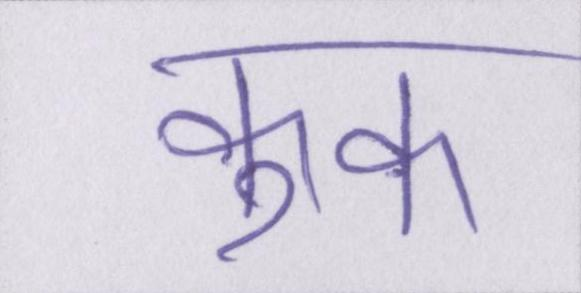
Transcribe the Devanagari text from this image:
कुक